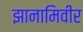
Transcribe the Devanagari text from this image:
झानामिवीर